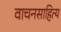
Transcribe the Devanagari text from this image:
वाचनसाहित्य